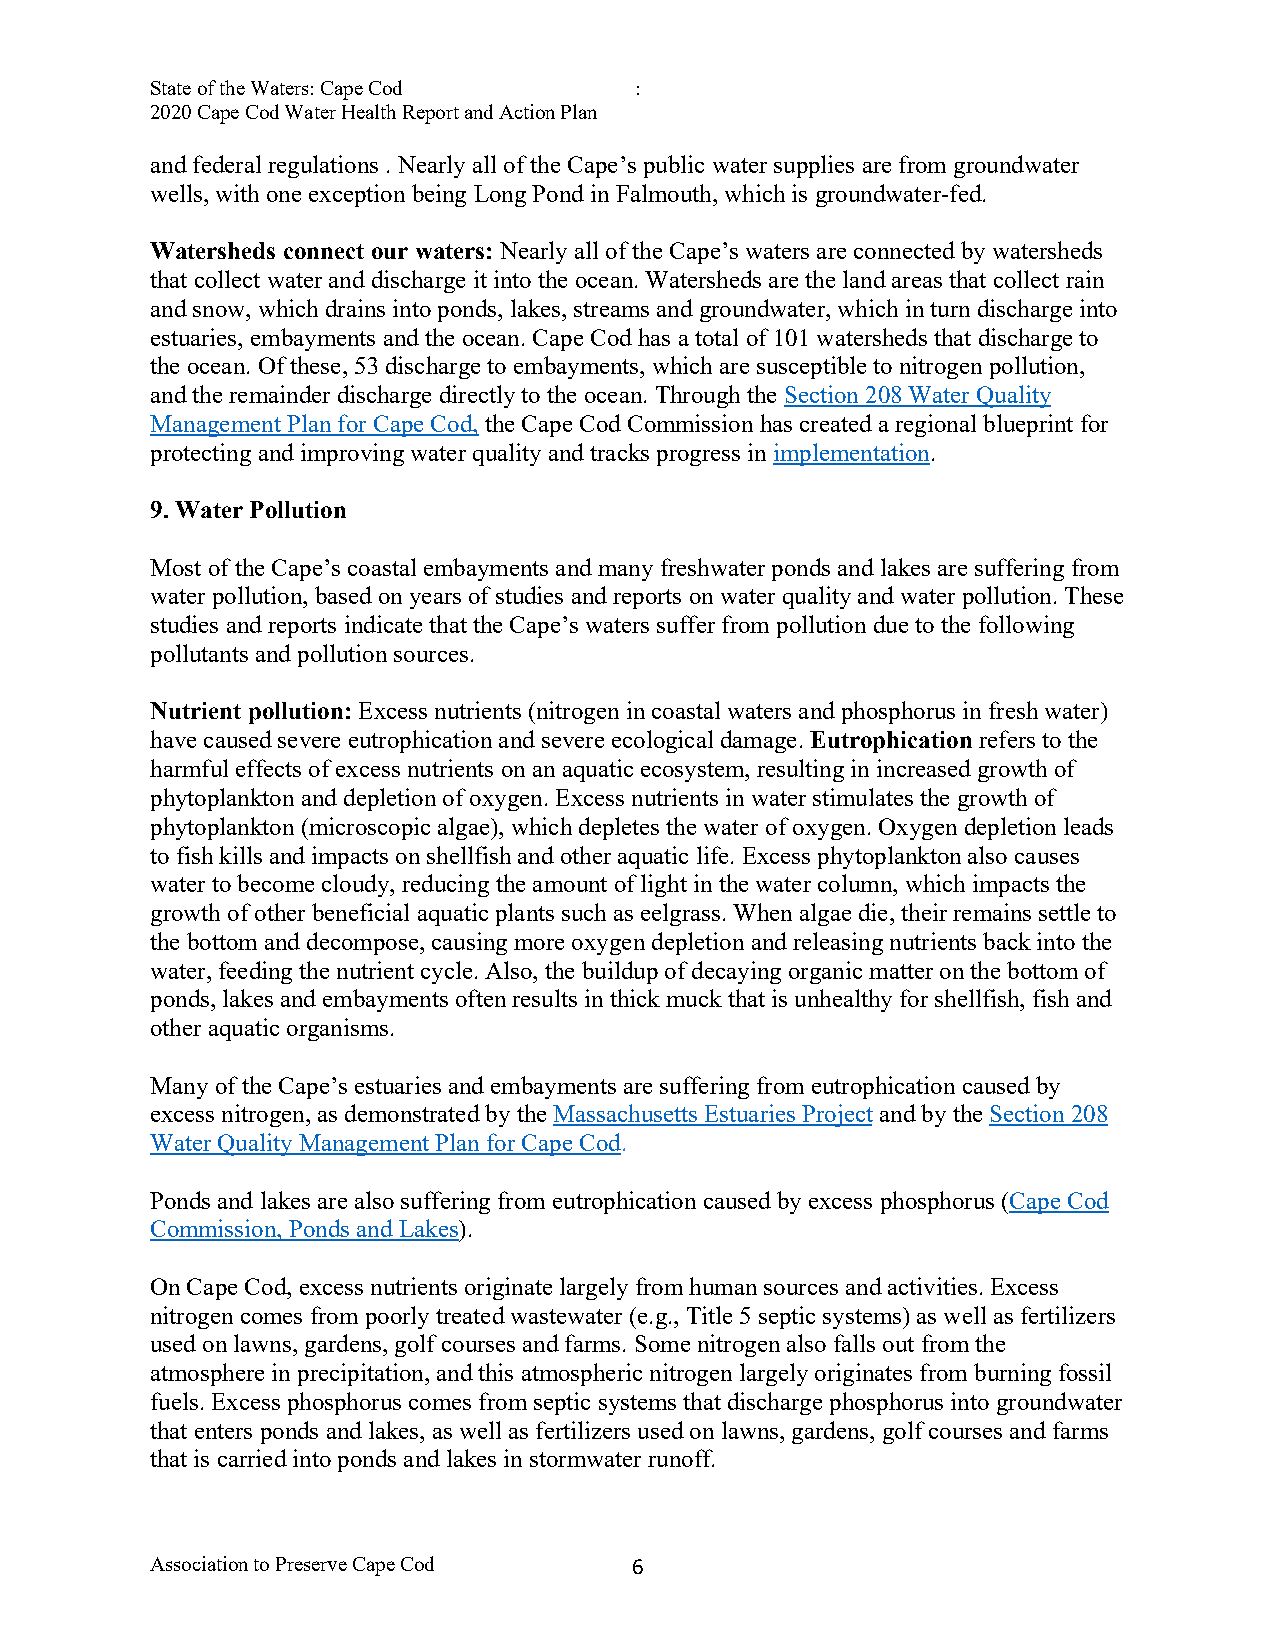
State of the Waters: Cape Cod   :
 2020 Cape Cod Water Health Report and Action Plan
 and federal regulations . Nearly all of the Cape’s public water supplies are from groundwater
 wells, with one exception being Long Pond in Falmouth, which is groundwater-fed.
 Watersheds connect our waters: Nearly all of the Cape’s waters are connected by watersheds
 that collect water and discharge it into the ocean. Watersheds are the land areas that collect rain
 and snow, which drains into ponds, lakes, streams and groundwater, which in turn discharge into
 estuaries, embayments and the ocean. Cape Cod has a total of 101 watersheds that discharge to
 the ocean. Of these, 53 discharge to embayments, which are susceptible to nitrogen pollution,
 and the remainder discharge directly to the ocean. Through the Section 208 Water Quality
 Management Plan for Cape Cod, the Cape Cod Commission has created a regional blueprint for
 protecting and improving water quality and tracks progress in implementation.
 9. Water Pollution
 Most of the Cape’s coastal embayments and many freshwater ponds and lakes are suffering from
 water pollution, based on years of studies and reports on water quality and water pollution. These
 studies and reports indicate that the Cape’s waters suffer from pollution due to the following
 pollutants and pollution sources.
 Nutrient pollution: Excess nutrients (nitrogen in coastal waters and phosphorus in fresh water)
 have caused severe eutrophication and severe ecological damage. Eutrophication refers to the
 harmful effects of excess nutrients on an aquatic ecosystem, resulting in increased growth of
 phytoplankton and depletion of oxygen. Excess nutrients in water stimulates the growth of
 phytoplankton (microscopic algae), which depletes the water of oxygen. Oxygen depletion leads
 to fish kills and impacts on shellfish and other aquatic life. Excess phytoplankton also causes
 water to become cloudy, reducing the amount of light in the water column, which impacts the
 growth of other beneficial aquatic plants such as eelgrass. When algae die, their remains settle to
 the bottom and decompose, causing more oxygen depletion and releasing nutrients back into the
 water, feeding the nutrient cycle. Also, the buildup of decaying organic matter on the bottom of
 ponds, lakes and embayments often results in thick muck that is unhealthy for shellfish, fish and
 other aquatic organisms.
 Many of the Cape’s estuaries and embayments are suffering from eutrophication caused by
 excess nitrogen, as demonstrated by the Massachusetts Estuaries Project and by the Section 208
 Water Quality Management Plan for Cape Cod.
 Ponds and lakes are also suffering from eutrophication caused by excess phosphorus (Cape Cod
 Commission, Ponds and Lakes).
 On Cape Cod, excess nutrients originate largely from human sources and activities. Excess
 nitrogen comes from poorly treated wastewater (e.g., Title 5 septic systems) as well as fertilizers
 used on lawns, gardens, golf courses and farms. Some nitrogen also falls out from the
 atmosphere in precipitation, and this atmospheric nitrogen largely originates from burning fossil
 fuels. Excess phosphorus comes from septic systems that discharge phosphorus into groundwater
 that enters ponds and lakes, as well as fertilizers used on lawns, gardens, golf courses and farms
 that is carried into ponds and lakes in stormwater runoff.
 Association to Preserve Cape Cod 6